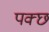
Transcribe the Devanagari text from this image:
पक्छ